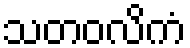
သတဝလိကံ